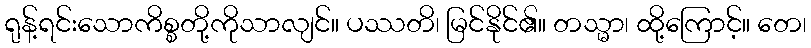
ရုန့်ရင်းသောကိစ္စတို့ကိုသာလျင်။ ပဿတိ၊ မြင်နိုင်၏။ တသ္မာ၊ ထို့ကြောင့်။ တေ၊